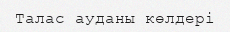
Талас ауданы көлдері